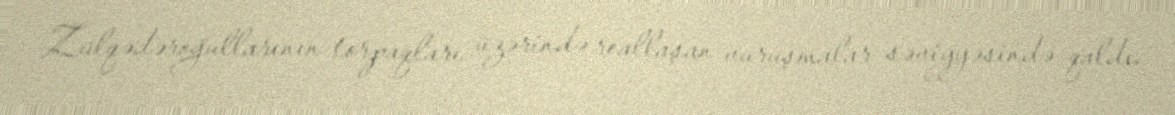
Zülqədəroğullarının torpaqları üzərində reallaşan vuruşmalar səviyyəsində qaldı.